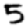
Digit: 5